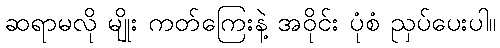
ဆရာမလို မျိုး ကတ်ကြေးနဲ့ အဝိုင်း ပုံစံ ညှပ်ပေးပါ။